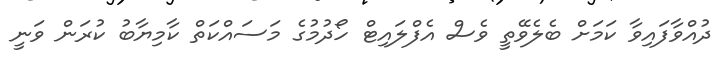
ދުއްވާފައިވާ ކަމަށް ބެލެވޭތީ ވެސް އެފްލައިޓް ހޯދުމުގެ މަސައްކަތް ކާމިޔާބު ކުރަން ވަނީ